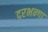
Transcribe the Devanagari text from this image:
दरभन्गा